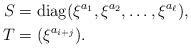
LaTeX: \begin{align*}S&=\mathrm{diag}(\xi^{a_1}, \xi^{a_2}, \dots, \xi^{a_{\ell}}), \\T&=(\xi^{a_{i+j}}).\end{align*}